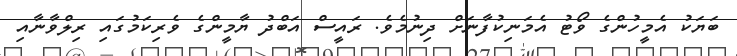
ބަޔަކު އެމީހުންގެ ވޯޓު އެމަނިކުފާނަށް ދިނުމެވެ. ރައީސް އަބްދު ޔާމީންގެ ވެރިކަމުގައި ރިލްވާނާއި